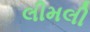
લીમલી